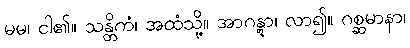
မမ၊ ငါ၏။ သန္တိကံ၊ အထံသို့။ အာဂန္တွာ၊ လာ၍။ ဂစ္ဆမာနာ၊